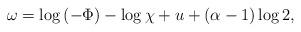
LaTeX: \begin{align*} \omega=\log{(-\Phi)}-\log\chi+u+(\alpha-1)\log 2,\end{align*}